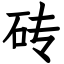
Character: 砖